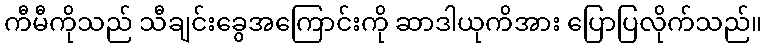
ကီမီကိုသည် သီချင်းခွေအကြောင်းကို ဆာဒါယုကိအား ပြောပြလိုက်သည်။